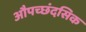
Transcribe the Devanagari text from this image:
औपच्छंदसिक